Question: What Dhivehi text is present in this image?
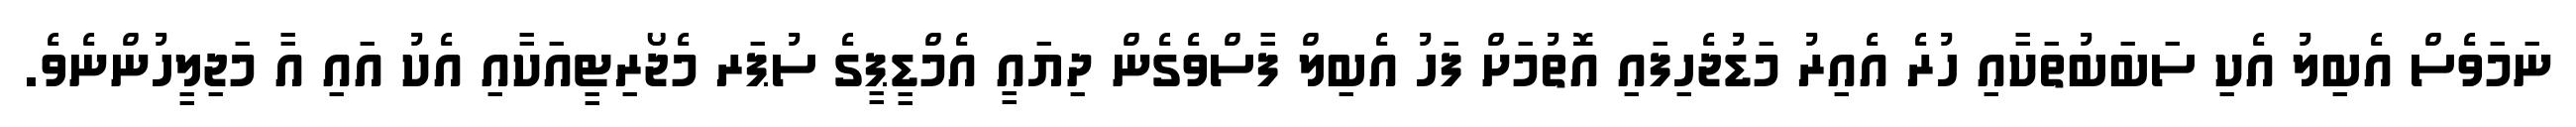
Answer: ނަމަވެސް އެބިލު އެކި ސަބަބުތަކާއި ހުރެ އެއިރު މަޑުޖެހިފައި އޮތުމަށް ފަހު އެބިލް ފާސްވެގެން ދިޔައީ އެމްޑީޕީގެ ސުޕަރ މެޖޯރިޓީއަކާއި އެކު އައި އާ މަޖިލީހުންނެވެ.